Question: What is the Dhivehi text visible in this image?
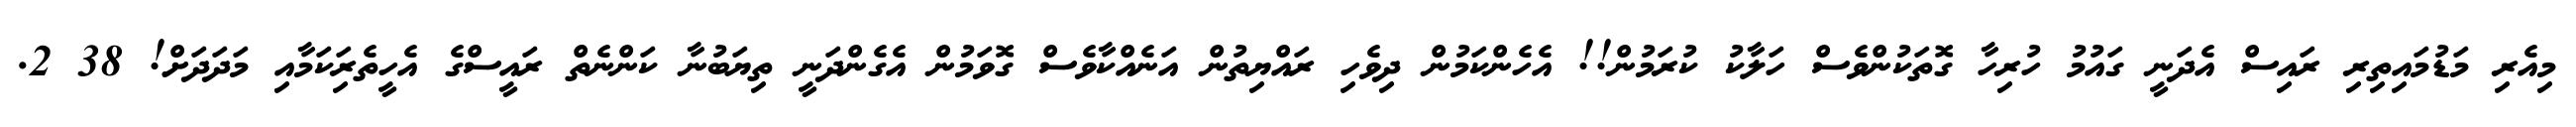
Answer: މިއެރި މަޑުމައިތިރި ރައިސް އެދަނީ ގައުމު ހުރިހާ ގޮތަކުންވެސް ހަލާކު ކުރަމުން!! އެހެންކަމުން ދިވެހި ރައްޔިތުން އަނެއްކާވެސް ގޮވަމުން އެގެންދަނީ ތިޔަބުނާ ކަންނެތް ރައީސްގެ އެހީތެރިަކަމާއި މަދަދަށް! 38 2.